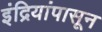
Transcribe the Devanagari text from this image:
इंद्रियांपासून